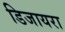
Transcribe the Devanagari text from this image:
डिजायरा